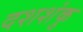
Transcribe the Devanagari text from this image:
दशशंकु